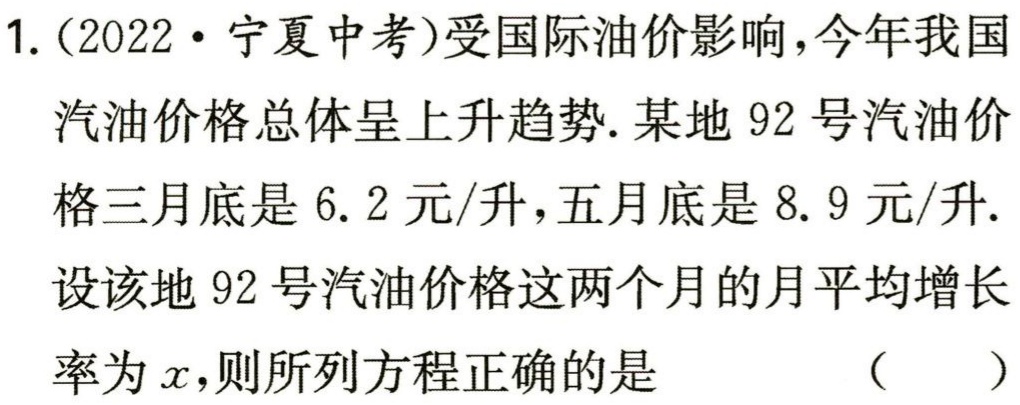
1.（2022·宁夏中考）受国际油价影响，今年我国汽油价格总体呈上升趋势. 某地 92 号汽油价格三月底是 6.2 元/升，五月底是 8.9 元/升. 设该地 92 号汽油价格这两个月的月平均增长率为\(x\)，则所列方程正确的是 （  ）